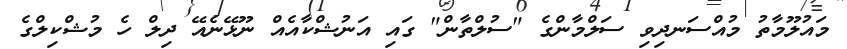
މައުލޫމާތު މުއްސަނދިވި ސަލްމާންގެ "ސުލްތާން" ގައި އަނުޝްކާއެއް ނޫޅޭނެއޭ ދިލް ހެ މުޝްކިލްގެ